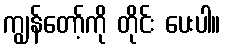
ကျွန်တော့်ကို တိုင်း ပေးပါ။